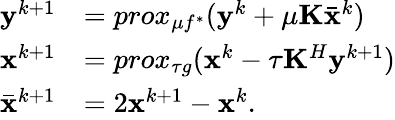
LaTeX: \begin{array}{rl}{\mathbf{y}^{k+1}}&{=prox_{\mu f^{*}}(\mathbf{y}^{k}+\mu\mathbf{K}\bar{\mathbf{x}}^{k})}\\ {\mathbf{x}^{k+1}}&{=prox_{\tau g}(\mathbf{x}^{k}-\tau\mathbf{K}^{H}\mathbf{y}^{k+1})}\\ {\bar{\mathbf{x}}^{k+1}}&{=2\mathbf{x}^{k+1}-\mathbf{x}^{k}.}\end{array}